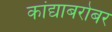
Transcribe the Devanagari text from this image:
कांद्याबरोबर